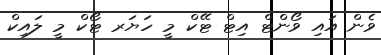
ވެން އައި ވޯންޓް އިޓް ޓޭކް މީ ހަޔަރ ޓޯކް މީ ލައިކް